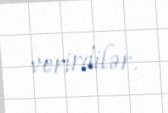
verirdilər.